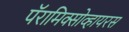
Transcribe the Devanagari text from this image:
पॅरामिक्सोव्हायरस